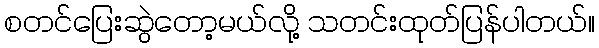
စတင်ပြေးဆွဲတော့မယ်လို့ သတင်းထုတ်ပြန်ပါတယ်။